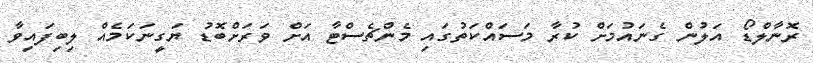
ރޮނާލްޑޯ އަލުން ގެނައުމަށް ކުރާ މަސައްކަތުގައި މެންޗެސްޓާ އަށް ވަރަށްބޮޑު ޔަގީނަކަމެއް ލިބިފައިވާ